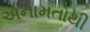
અનામતોથી